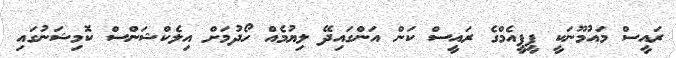
ރައީސް މައުމޫނަކީ ޕީޕީއެމްގެ ރައީސް ކަން އަންގައިދޭ ލިޔުމެއް ހޯދުމަށް އިލެކްޝަންސް ކޮމިޝަނުގައި